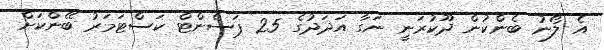
އެ ލޯނު ބެންކުން ދޫކުރަނީ ނަގާ އަދަދުގެ 25 ޕަސެންޓް ކަސްޓަމަރު ބޭންކަށް